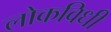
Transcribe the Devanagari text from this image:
लोकविधी